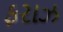
ફરાઝ